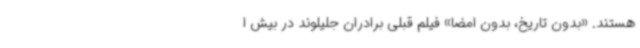
هستند. «بدون تاریخ، بدون امضا» فیلم قبلی برادران جلیلوند در بیش ا